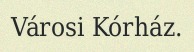
Városi Kórház.